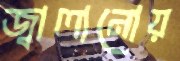
জ্বালানোয়